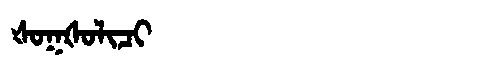
Manchu: ᡧᠣᡴᡧᠣᠯᡳᠴᡳ
Romanization: ŠOKŠOLICI